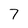
Character: 7